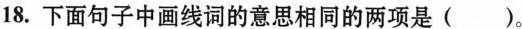
18.下面句子中画线词的意思相同的两项是( )。